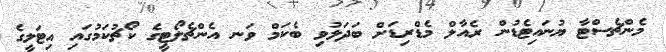
މެންޗެސްޓާ ޔުނައިޓެޑުން ރެއާލް މެޑްރިޑަށް ބަދަލުވި ބެކަމް ވަނ އެންޗެލޯޓީގެ ކޯޗުކަމުގައި އިޓަލީގެ